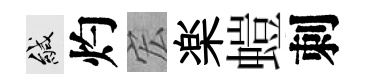
緘灼宏楽螘刺